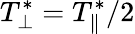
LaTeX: T_{\perp}^{*}=T_{\| }^{*}/2